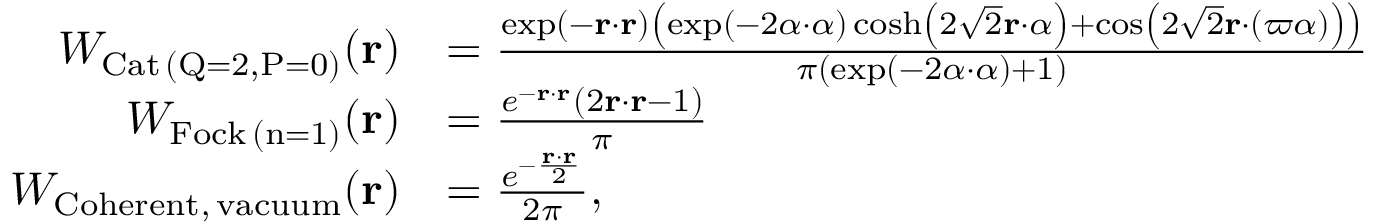
\begin{array} { r l } { W _ { \mathrm { C a t \, ( Q = 2 , P = 0 ) } } ( \mathbf { r } ) } & { = \frac { \exp ( - \mathbf { r } \cdot \mathbf { r } ) \left( \exp ( - 2 \alpha \cdot \alpha ) \cosh \left( 2 \sqrt { 2 } \mathbf { r } \cdot \alpha \right) + \cos \left( 2 \sqrt { 2 } \mathbf { r } \cdot ( \varpi \alpha ) \right) \right) } { \pi ( \exp ( - 2 \alpha \cdot \alpha ) + 1 ) } } \\ { W _ { \mathrm { F o c k \, ( n = 1 ) } } ( \mathbf { r } ) } & { = \frac { e ^ { - \mathbf { r } \cdot \mathbf { r } } \left( 2 \mathbf { r } \cdot \mathbf { r } - 1 \right) } { \pi } } \\ { W _ { \mathrm { C o h e r e n t , \, v a c u u m } } ( \mathbf { r } ) } & { = \frac { e ^ { - \frac { \mathbf { r } \cdot \mathbf { r } } { 2 } } } { 2 \pi } , } \end{array}